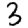
Digit: 3